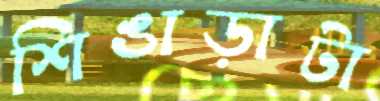
শিঙাড়াটা